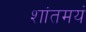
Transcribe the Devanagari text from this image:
शांतमयं